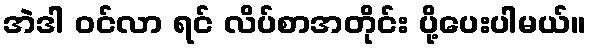
အဲဒါ ဝင်လာ ရင် လိပ်စာအတိုင်း ပို့ပေးပါမယ်။